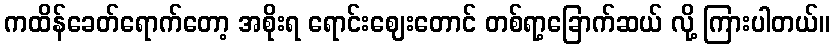
ကထိန်ခေတ်ရောက်တော့ အစိုးရ ရောင်းဈေးတောင် တစ်ရာ့ခြောက်ဆယ် လို့ ကြားပါတယ်။